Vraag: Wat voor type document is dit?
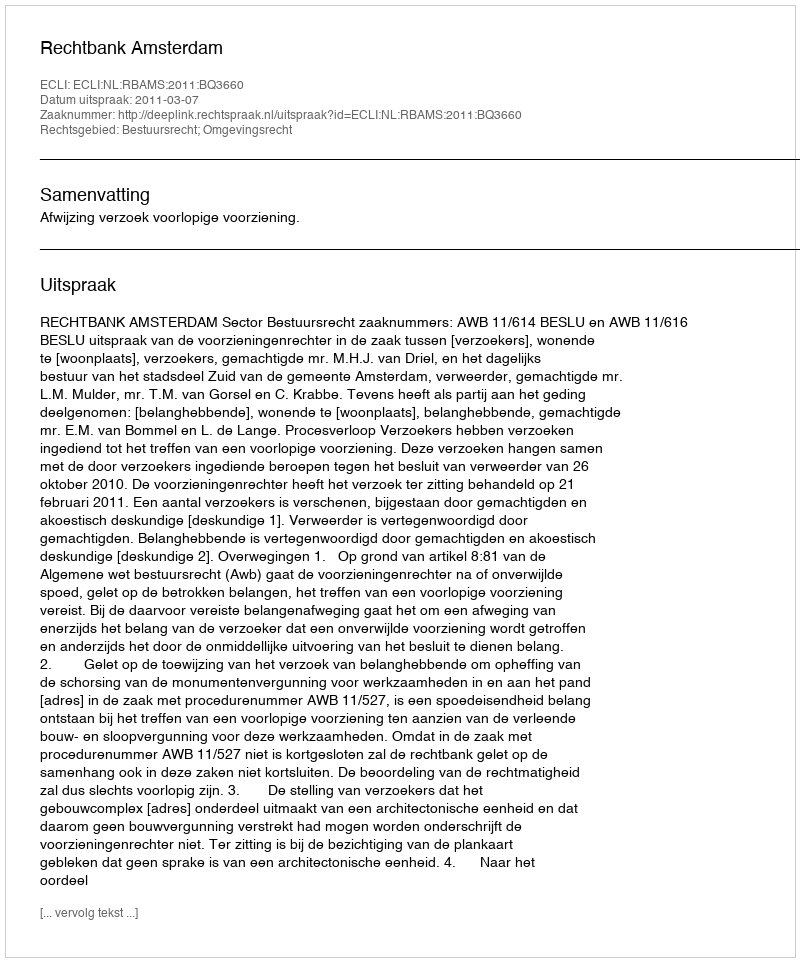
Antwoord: Uitspraak